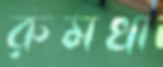
রুমখা